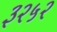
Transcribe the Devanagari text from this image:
३२५२